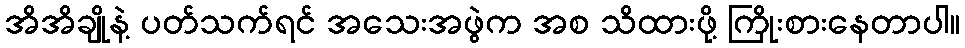
အိအိချိုနဲ့ ပတ်သက်ရင် အသေးအဖွဲက အစ သိထားဖို့ ကြိုးစားနေတာပါ။